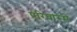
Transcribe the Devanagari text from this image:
परिवारमे